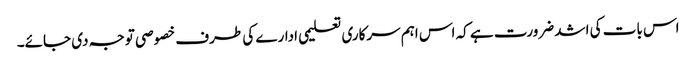
اس بات کی اشد ضرورت ہے کہ اس اہم سرکاری تعلیمی ادارے کی طرف خصوصی توجہ دی جائے۔